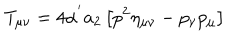
T _ { \mu \nu } = 4 \alpha ^ { ' } a _ { 2 } \left[ p ^ { 2 } \eta _ { \mu \nu } - p _ { \nu } p _ { \mu } \right]